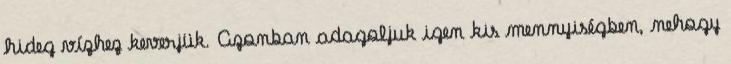
hideg vízhez keverjük. Azonban adagoljuk igen kis mennyiségben, nehogy